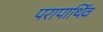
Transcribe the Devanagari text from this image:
परापार्थिव